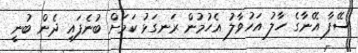
ސޭފާ އޭނާގެ ހާލު އަހުވާލު އެހުމުން ރަނގަޅު ކަމަށް ބުނެފައި ދެން ބުނީ